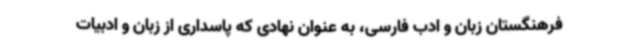
فرهنگستان زبان و ادب فارسی، به عنوان نهادی که پاسداری از زبان و ادبیات